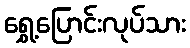
ရွှေ့ပြောင်းလုပ်သား